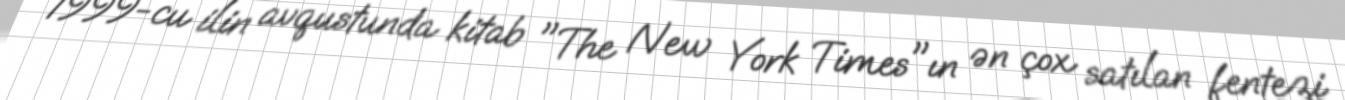
1999-cu ilin avqustunda kitab "The New York Times"ın ən çox satılan fentezi